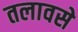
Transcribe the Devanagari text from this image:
तलावसे